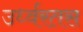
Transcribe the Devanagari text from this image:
उर्ध्वरतस